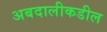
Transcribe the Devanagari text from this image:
अबदालीकडील